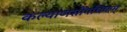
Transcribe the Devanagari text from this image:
कल्याणसौंगधिकम्